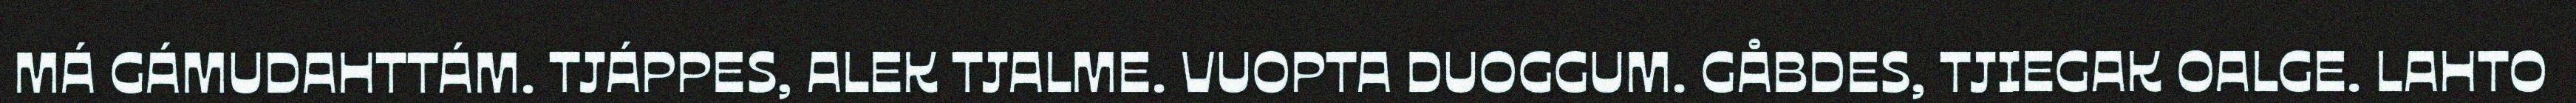
MÁ GÁMUDAHTTÁM. TJÁPPES, ALEK TJALME. VUOPTA DUOGGUM. GÅBDES, TJIEGAK OALGE. LAHTO